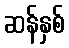
ဆန်နှစ်